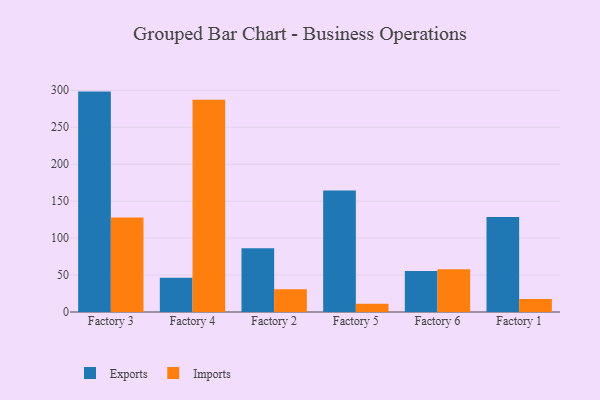
{"axis": {"x": "Factory", "y": "Waste Production (Tons)"}, "legend": ["Exports", "Imports"], "data": [{"x": "Factory 3", "y": 298.2, "type": "Exports"}, {"x": "Factory 3", "y": 127.9, "type": "Imports"}, {"x": "Factory 4", "y": 46.2, "type": "Exports"}, {"x": "Factory 4", "y": 287.1, "type": "Imports"}, {"x": "Factory 2", "y": 86.2, "type": "Exports"}, {"x": "Factory 2", "y": 30.8, "type": "Imports"}, {"x": "Factory 5", "y": 164.4, "type": "Exports"}, {"x": "Factory 5", "y": 11.3, "type": "Imports"}, {"x": "Factory 6", "y": 55.4, "type": "Exports"}, {"x": "Factory 6", "y": 58.0, "type": "Imports"}, {"x": "Factory 1", "y": 128.7, "type": "Exports"}, {"x": "Factory 1", "y": 17.6, "type": "Imports"}]}